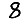
Digit: 8